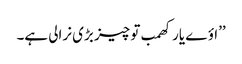
’’اؤے یار کھمب تو چیز بڑی نرالی ہے۔